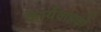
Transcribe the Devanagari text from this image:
कार्यवाहकों